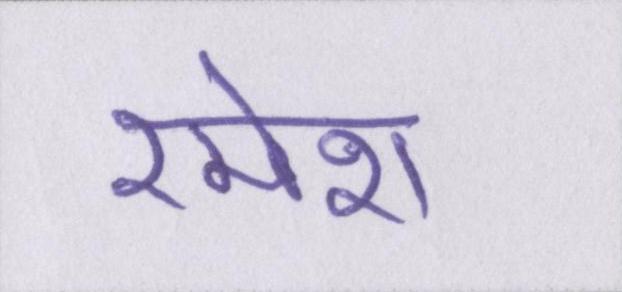
रमेश